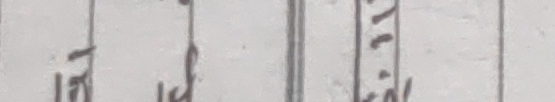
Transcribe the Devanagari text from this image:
१५ ७ २ २५